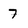
Character: 7